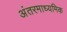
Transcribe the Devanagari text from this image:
अंतरमाध्यमिक